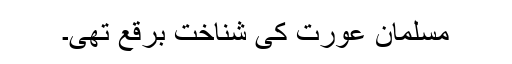
مسلمان عورت کی شناخت برقع تھی۔